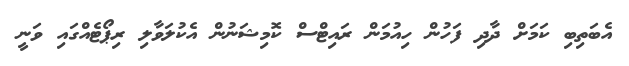
އެބަތިބި ކަމަށް ދާދި ފަހުން ހިއުމަން ރައިޓްސް ކޮމިޝަނުން އެކުލަވާލި ރިޕޯޓެއްގައި ވަނީ